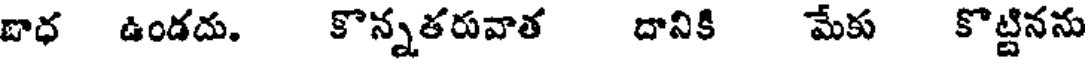
దాధ ఉండదు. కొన్నతరువాత దానికి మేకు కొట్టినను